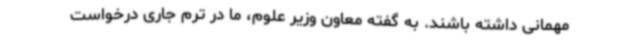
مهمانی داشته باشند. به گفته معاون وزیر علوم، ما در ترم جاری درخواست